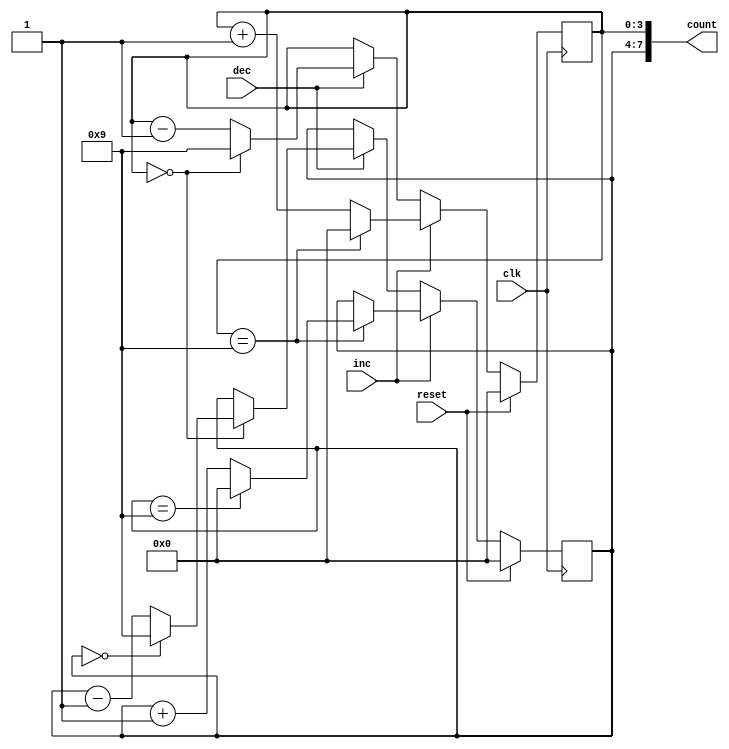
module counter
  (
   input        clk,
   input        reset,
   input        inc,
   input        dec,
   output [7:0] count
   );

  localparam ZERO  = 4'b0000;
  localparam NINE  = 4'b1001;

  reg [3:0]     dig_1;
  reg [3:0]     dig_2;

  assign count[3:0] = dig_1;
  assign count[7:4] = dig_2;

  always @(posedge clk) begin
    if (reset) begin
      dig_1 <= ZERO;
      dig_2 <= ZERO;
    end else begin
      if (inc == 1'b1) begin
        if (dig_1 == NINE) begin
          dig_1 = ZERO;
          if (dig_2 == NINE) begin
            dig_2 = ZERO;
          end else begin
            dig_2 = dig_2 + 1'b1;
          end
        end else begin
          dig_1 = dig_1 + 1'b1;
        end
      end else if (dec == 1'b1) begin
        if (dig_1 == ZERO) begin
          dig_1 = NINE;
          if (dig_2 == ZERO) begin
            dig_2 = NINE;
          end else begin
            dig_2 = dig_2 - 1'b1;
          end
        end else begin
          dig_1 = dig_1 - 1'b1;
        end
      end
    end
  end

endmodule // BCD_counter